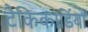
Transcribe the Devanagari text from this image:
टैकिकार्डिया